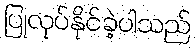
ပြုလုပ်နိုင်ခဲ့ပါသည်